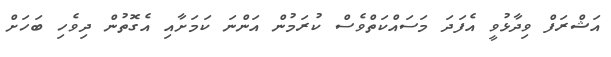
އަޝްރަފް ވިދާޅުވީ އެފަދަ މަސައްކަތްވެސް ކުރަމުން އަންނަ ކަމަށާއި އެގޮތުން ދިވެހި ބަހަށް